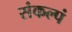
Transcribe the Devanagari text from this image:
संकल्पं